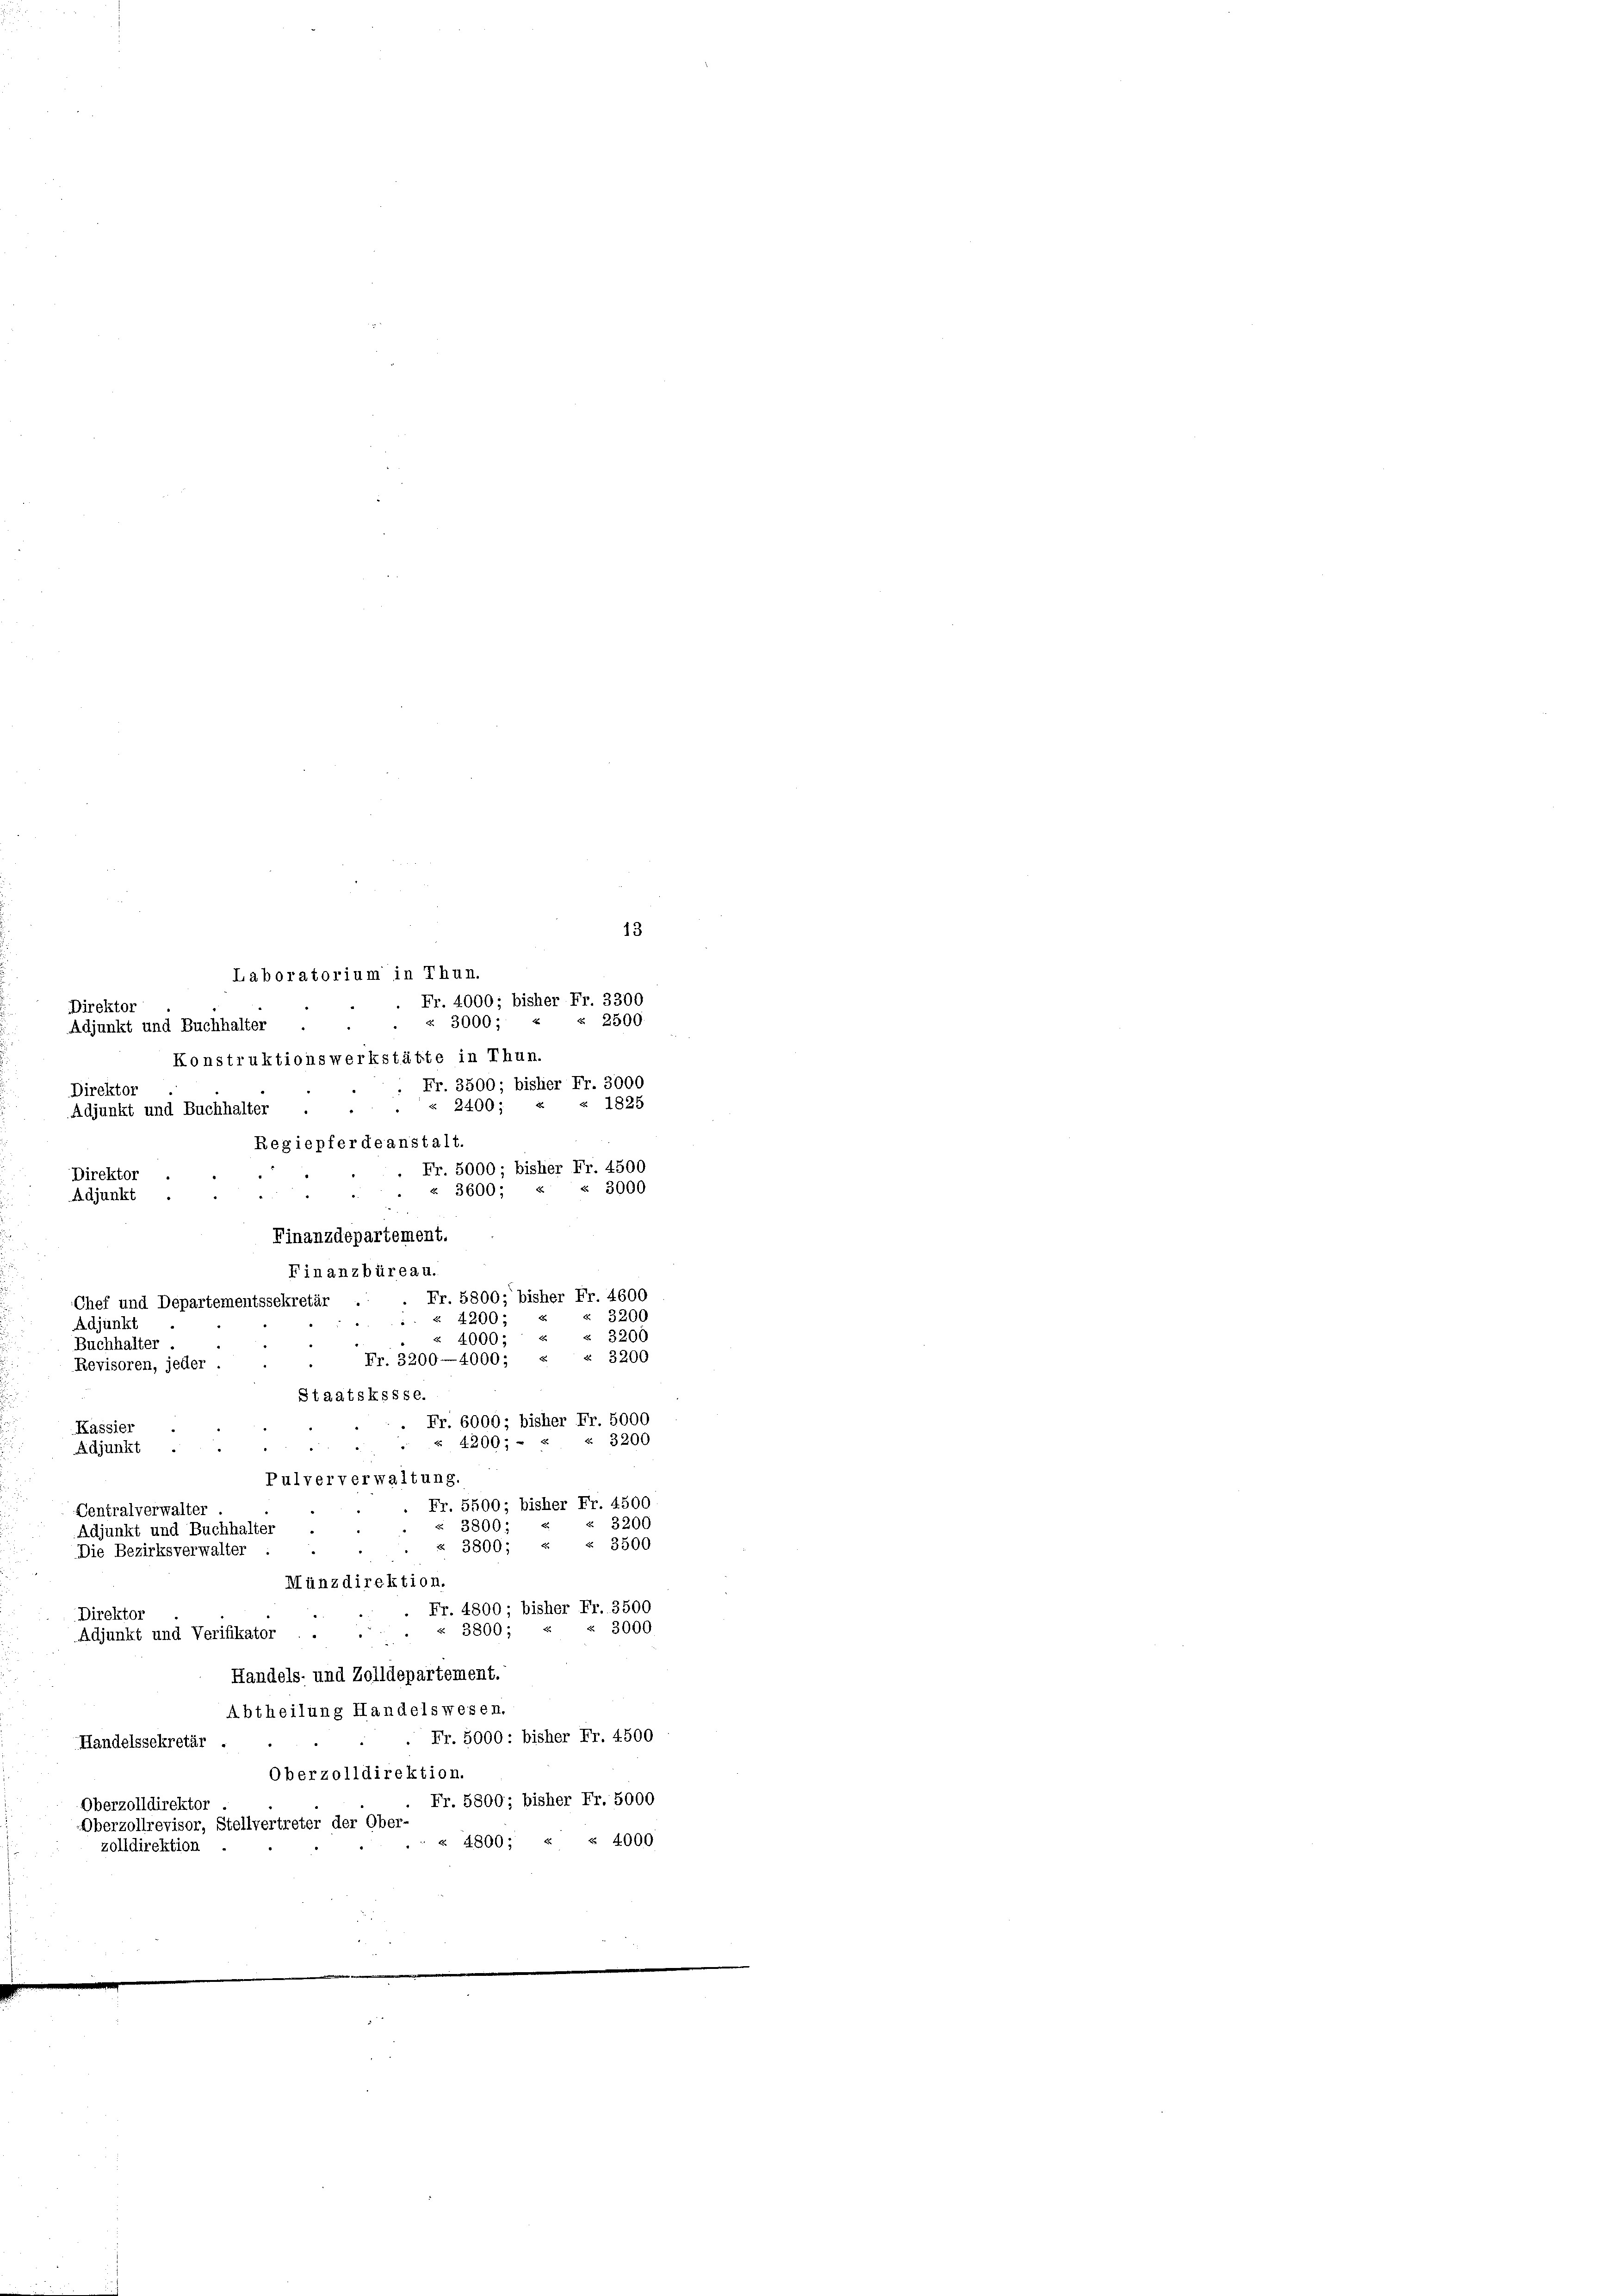
Direktor

Laboratorium in Thun.
Fr. 4000: bisher Fr. 3300
u 3000 - 1
Adjunkt und Buchhalter .
Konstruktionswerkstätte in Thun.
Fr. 3500; bisher Fr. 3000
Direktor
 2400;
Regiepferdeanstalt.
Fr. 5000 - bisher Fr. 4500
Direk
« 3600: « « 3000
Fr. 5800 bisher Fr. 4600
Fr. 3200—4000 : « « 3200
Fr. 6000 : bisher Fr. 5000
Kassie
 4200;
Adjunkt.
Pulververwaltung.
Fr. 5500 bisher Fr. 4500
Centralverwalter
« 3800.
Adjunkt und Buchhalter ..
§ 3800; « « 3500
Die Bezirksverwalter
Münzdirektion.
Fr. 4800 bisher Fr. 3500
Direktor
3800-
Adjunkt und Verifikator . .
Handels- und Zolldepartement.
Abtheilung Handelswesen.
Fr. 5000 - bisher Fr. 4500
Handelssekretär
Oberzolldirektion.
Fr. 5800; bisher Fr. 5000
Oberzolldirektor .
Oberzollrevisor, Stellvertreter der Ober-
 § 4800; « § 4000
zolldirektion.

junkt und Buchhalter

Adjunkt
Chef und Departementssekretär
Adjunkt
 4000.
Buchhalter
“
Revisoren, jeder
Staatskssse.

Finanzdepartement.
Finanzbüreau.
«. 4200;

13

2500
1825
§ 3200
 3200
 3200
3200
" 3000